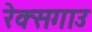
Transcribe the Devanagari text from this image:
रेक्सगाउ